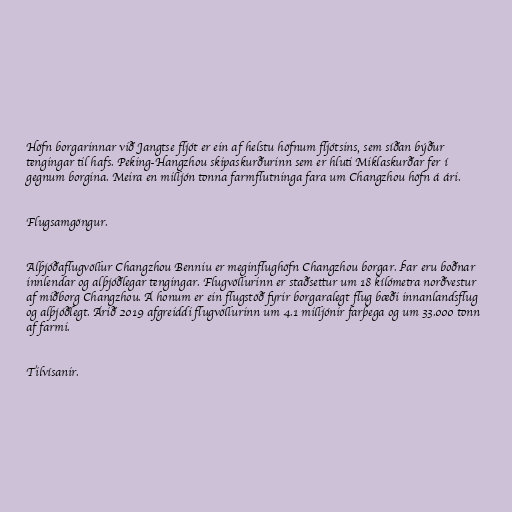
Höfn borgarinnar við Jangtse fljót er ein af helstu höfnum fljótsins, sem síðan býður
tengingar til hafs. Peking-Hangzhou skipaskurðurinn sem er hluti Miklaskurðar fer í
gegnum borgina. Meira en milljón tonna farmflutninga fara um Changzhou höfn á ári.

Flugsamgöngur.

Alþjóðaflugvöllur Changzhou Benniu er meginflughöfn Changzhou borgar. Þar eru boðnar
innlendar og alþjóðlegar tengingar. Flugvöllurinn er staðsettur um 18 kílómetra norðvestur
af miðborg Changzhou. Á honum er ein flugstöð fyrir borgaralegt flug bæði innanlandsflug
og alþjóðlegt. Árið 2019 afgreiddi flugvöllurinn um 4.1 milljónir farþega og um 33.000 tonn
af farmi.

Tilvísanir.